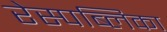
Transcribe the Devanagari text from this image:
रेस्पब्लिका